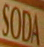
SODA